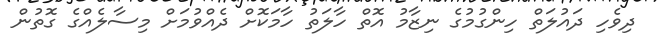
ދިވެހި ދައުލަތް ހިންގުމުގެ ނިޒާމު އޮތް ހާލަތު ހާމަކޮށް ދެއްވުމަށް މިސާލެއްގެ ގޮތުން